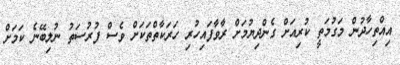
އިއްތިހާދުން މަގުމަތީ ކުރިއަށް ގެންދިޔުމަށް ރާވާފައިހުރި ހަރަކާތްތަކަށް ވެސް ފުރުސަތު ނުލިބޭނެ ކަމަށް